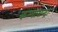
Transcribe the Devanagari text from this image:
कम्मासन्द्रा